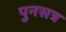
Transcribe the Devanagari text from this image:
पुनसत्र